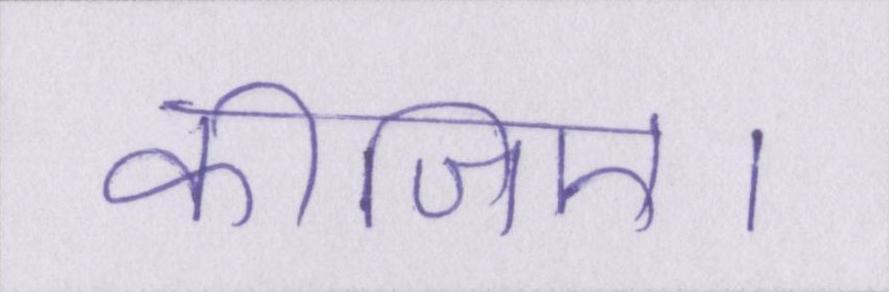
कीजिए।